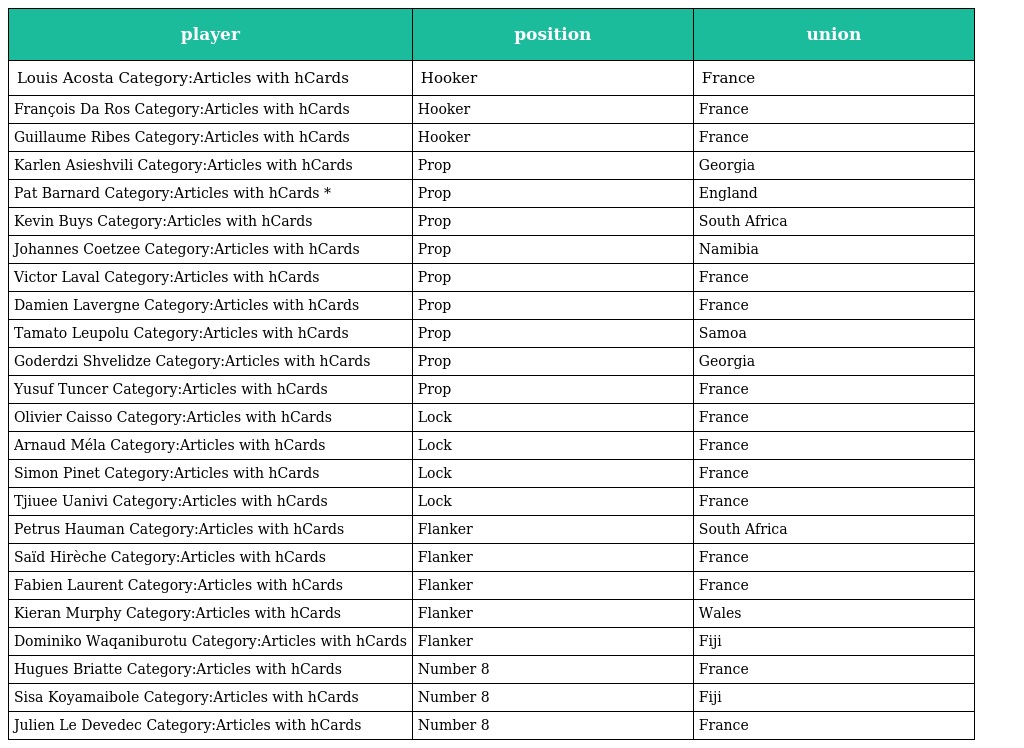
| player | position | union |
 | --- | --- | --- |
 | Louis Acosta Category:Articles with hCards | Hooker | France |
 | François Da Ros Category:Articles with hCards | Hooker | France |
 | Guillaume Ribes Category:Articles with hCards | Hooker | France |
 | Karlen Asieshvili Category:Articles with hCards | Prop | Georgia |
 | Pat Barnard Category:Articles with hCards * | Prop | England |
 | Kevin Buys Category:Articles with hCards | Prop | South Africa |
 | Johannes Coetzee Category:Articles with hCards | Prop | Namibia |
 | Victor Laval Category:Articles with hCards | Prop | France |
 | Damien Lavergne Category:Articles with hCards | Prop | France |
 | Tamato Leupolu Category:Articles with hCards | Prop | Samoa |
 | Goderdzi Shvelidze Category:Articles with hCards | Prop | Georgia |
 | Yusuf Tuncer Category:Articles with hCards | Prop | France |
 | Olivier Caisso Category:Articles with hCards | Lock | France |
 | Arnaud Méla Category:Articles with hCards | Lock | France |
 | Simon Pinet Category:Articles with hCards | Lock | France |
 | Tjiuee Uanivi Category:Articles with hCards | Lock | France |
 | Petrus Hauman Category:Articles with hCards | Flanker | South Africa |
 | Saïd Hirèche Category:Articles with hCards | Flanker | France |
 | Fabien Laurent Category:Articles with hCards | Flanker | France |
 | Kieran Murphy Category:Articles with hCards | Flanker | Wales |
 | Dominiko Waqaniburotu Category:Articles with hCards | Flanker | Fiji |
 | Hugues Briatte Category:Articles with hCards | Number 8 | France |
 | Sisa Koyamaibole Category:Articles with hCards | Number 8 | Fiji |
 | Julien Le Devedec Category:Articles with hCards | Number 8 | France |